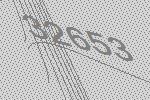
32653